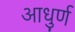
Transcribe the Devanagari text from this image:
आधुर्ण